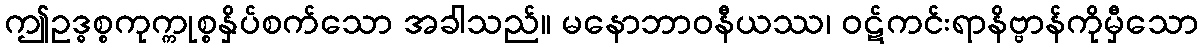
ဤဥဒ္ဓစ္စကုက္ကုစ္စနှိပ်စက်သော အခါသည်။ မနောဘာဝနီယဿ၊ ဝဋ်ကင်းရာနိဗ္ဗာန်ကိုမှီသော